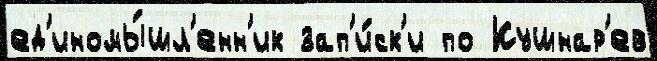
ед'иномы́шл'енн'ик зап'и́ск'и по Кушнар'ев